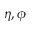
\eta , \phi